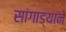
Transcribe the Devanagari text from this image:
सांगाड्याने